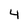
Character: 4